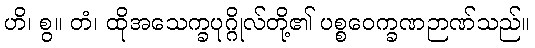
ဟိ၊ စွ။ တံ၊ ထိုအသေက္ခပုဂ္ဂိုလ်တို့၏ ပစ္စဝေက္ခဏဉာဏ်သည်။